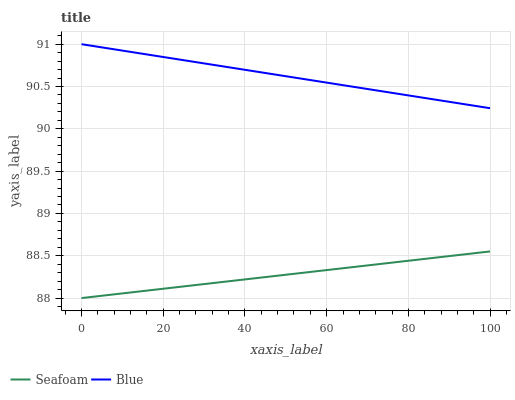
| xaxis_label | Seafoam | Blue |
 | --- | --- | --- |
 | 0 | 88 | 91 |
 | 20 | 88.1 | 90.8 |
 | 40 | 88.2 | 90.7 |
 | 60 | 88.3 | 90.5 |
 | 80 | 88.4 | 90.4 |
 | 100 | 88.6 | 90.2 |